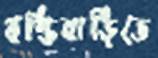
বস্তিবাড়িতে